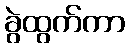
ခွဲထွက်ကာ